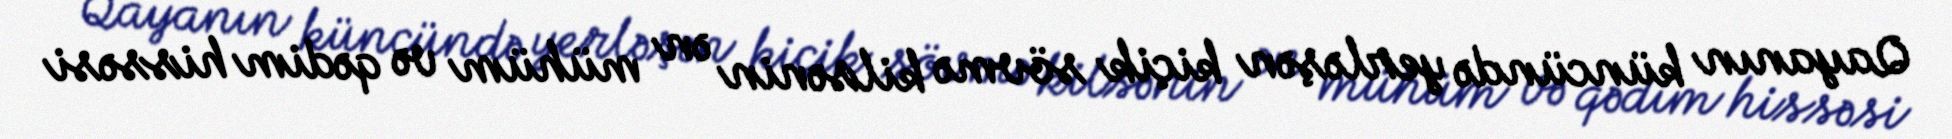
Qayanın küncündə yerləşən kiçik sövmə kilsənin ən mühüm və qədim hissəsi